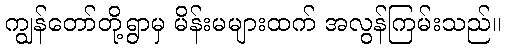
ကျွန်တော်တို့ရွာမှ မိန်းမများထက် အလွန်ကြမ်းသည်။